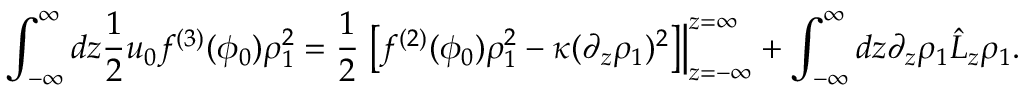
\int _ { - \infty } ^ { \infty } d z \frac { 1 } { 2 } u _ { 0 } f ^ { ( 3 ) } ( \phi _ { 0 } ) \rho _ { 1 } ^ { 2 } = \frac { 1 } { 2 } \left. \left[ f ^ { ( 2 ) } ( \phi _ { 0 } ) \rho _ { 1 } ^ { 2 } - \kappa ( \partial _ { z } \rho _ { 1 } ) ^ { 2 } \right] \right\vert _ { z = - \infty } ^ { z = \infty } + \int _ { - \infty } ^ { \infty } d z \partial _ { z } \rho _ { 1 } \hat { L } _ { z } \rho _ { 1 } .